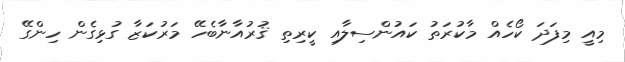
މިއީ މިފަދަ ކޯހެއް މާކުރަތު ކައުންސިލާއި ކީރިތި ޤުރުއާނާބެހޭ މަރުކަޒާ ގުޅިގެން ހިންގޭ